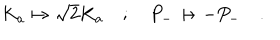
K _ { a } \mapsto \sqrt { 2 } K _ { a } \quad ; \quad P _ { - } \mapsto - P _ { - } \quad .